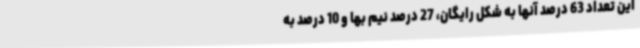
این تعداد 63 درصد آنها به شکل رایگان، 27 درصد نیم بها و 10 درصد به